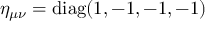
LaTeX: \eta _ { \mu \nu } = \operatorname { d i a g } ( 1 , - 1 , - 1 , - 1 )